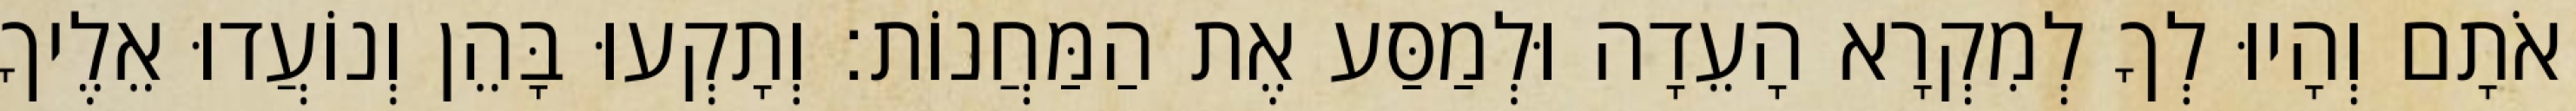
אֹתָם וְהָיוּ לְךָ לְמִקְרָא הָעֵדָה וּלְמַסַּע אֶת הַמַּחֲנוֹת׃ וְתָקְעוּ בָּהֵן וְנוֹעֲדוּ אֵלֶיךָ